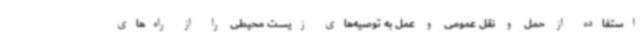
استفاده از حمل و نقل عمومی و عمل به توصیه‌های زیست محیطی را از راه‌های